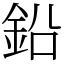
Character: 鉛